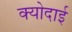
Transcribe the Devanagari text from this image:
क्योदाई